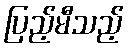
ပြည့်မီသည့်